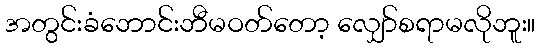
အတွင်းခံဘောင်းဘီမဝတ်တော့ လျှော်စရာမလိုဘူး။